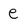
Character: e